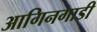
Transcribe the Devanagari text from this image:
आगिनगाडी